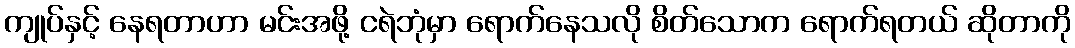
ကျုပ်နှင့် နေရတာဟာ မင်းအဖို့ ငရဲဘုံမှာ ရောက်နေသလို စိတ်သောက ရောက်ရတယ် ဆိုတာကို